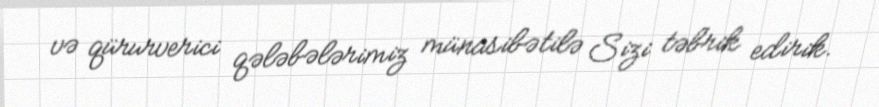
və qürurverici qələbələrimiz münasibətilə Sizi təbrik edirik.